Calcutta medical institutions reports 1892-1900
Year: 1892
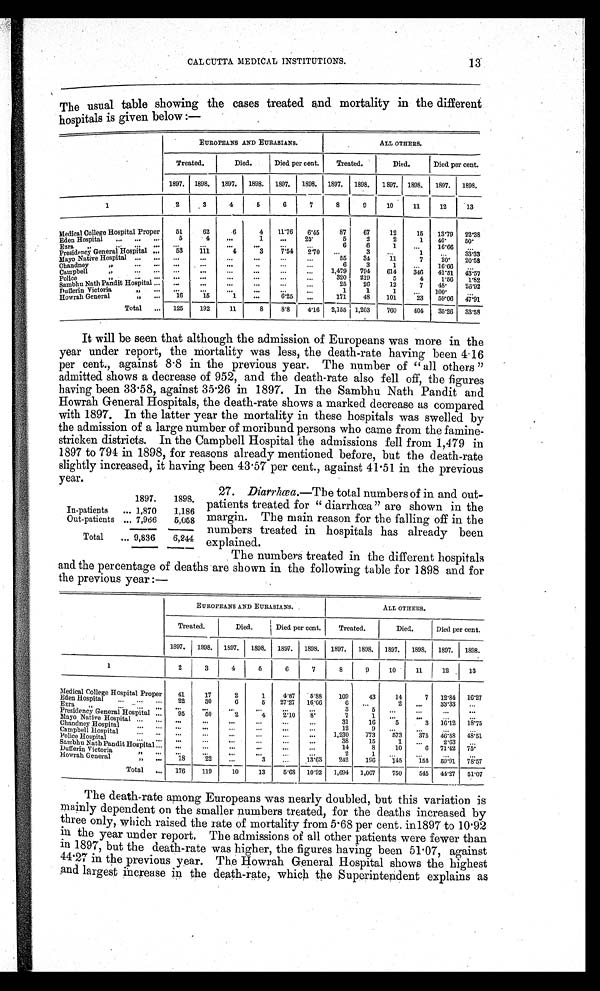
CALCUTTA MEDICAL INSTITUTIONS.
13
The usual table showing the cases treated and mortality in the different
hospitals is given below:—
EUROPEANS AND EURASIANS.
ALL OTHERS.
Treated.
Died.
Died per cent.
Treated.
Died.
Died per cent.
1897. 1898. 1897. 1898. 1897. 1898. 1897. 1898. 1897. 1898. 1897. 1898.
1
2
3
4
5
6
7
8
9
10
11
12
13
Medical College Hospital Proper
5 1 62
6
4 11.76 6.45
87
67
12
15 13.79 22.38
Eden Hospital
. . .
. . . . . . 5 4
...
1
...
2 5 .
5
2
2
1 40.
50.
Ezra „
. . .
. . .
...
... ... ...
...
...
. . .
. . .
6
6
1
...
16.66
. . .
Presidency General Hospital ...
53
111
4
3
7.54 2.70 ...
3
. . .
1
...
33.33
Mayo Native Hospital ...
. . . ...
... ...
. . . ... ...
55
34
11
7
20. 20.58
Chandney „
... ...
. . . ...
...
. . .
. . .
...
6
3
1
. . . 16.66 . . .
Campbell „
... ...
. . .
. . .
...
. . . ...
...
1,479 794
614
346 41.51 43.57
Police „
. . . ...
. . . ...
... ...
. . . ...
320 219
5
4
1.56 1.82
Sambhu Nath Pandit Hospital ... ...
. . .
...
...
...
25
26
12
7 48.
26.92
Dufferin Victoria „ ...
... ...
...
...
...
...
1
1
1
. . . 100. ...
Howrah General „
. . .
1 6
1 5
1 ...
6.25 ...
171
48
101
23 59.06 47.91
Total
. . . 125
192
11
8
8.8 4.16 2,155 1,203
760
404 35.26 33.58
It will be seen that although the admission of Europeans was more in the
year under report, the mortality was less, the death-rate having been 4.16
per cent., against 8.8 in the previous year. The number of "all others"
admitted shows a decrease of 952, and the death-rate also fell off, the figures
having been 33.58, against 35.26 in 1897. In the Sambhu Nath Pandit and
Howrah General Hospitals, the death-rate shows a marked decrease as compared
with 1897. In the latter year the mortality in these hospitals was swelled by
the admission of a large number of moribund persons who came from the famine-
stricken districts. In the Campbell Hospital the admissions fell from 1,479 in
1897 to 794 in 1898, for reasons already mentioned before, but the death-rate
slightly increased, it having been 43.57 per cent., against 41.51 in the previous
year.
1897.
1898.
In-patients
... 1,870
1,186
Out-patients ... 7,966
5,058
Total
... 9,836
6,244
EUROPEANS AND EURASIANS.
ALL OTHERS.
Treated.
Died.
Died per cent.
Treated.
Died.
Died per cent.
1897. 1898. 1897. 1898. 1897. 1898. 1897. 1898. 1897. 1898. 1897. 1898.
1
2
3
4
5
6
7
8
9
10
11
12
13
Medical College Hospital Proper
41
17
2
1
4.87 5.88
109
43
14
7 12.84 16.27
Eden Hospital ... ... ...
22
30
6
5 27.27 16.66
6
. . .
2
. . . 33.33 ...
Ezra „. . . . . .
. . . ...
...
. . . ...
...
...
3
5 ...
...
...
...
Presidency General Hospital ...
9 5
5 0 2
4
2.10 8.
7
1 ...
. . . ...
...
Mayo Native Hospital ... ... ...
...
...
...
...
...
31
16
5
3 16.12 18.75
Chandney Hospital
. . .
. . . ...
. . .
. . .
... ...
...
1 2
9
. . . ...
...
...
Campbell Hospital
. . .
. . .
. . .
... ...
...
...
...
1,230
773
573
375 46.58 48.51
Police Hospital
. . .
. . .
. . .
. . . . . .
... ...
...
38
15
1 ...
2.63 ...
Sambhu Nath Pandit Hospital ...
. . . ...
. . .
...
...
...
14
8
10
6 71.42 75.
Dufferin Victoria „
. . . ... ...
. . .
. . . ...
...
2
1 ...
. . . ...
...
Howrah General „
. . . 18
22 ...
3 ...
13.63
242 196
145
154 59.91 78.57
Total ... 176
119
10
13
5.68 10.92 1,694 1,067
750
545 44.27 51.07
The death-rate among Europeans was nearly doubled, but this variation is
mainly dependent on the smaller numbers treated, for the deaths increased by
three only, which raised the rate of mortality from 5.68 per cent. in 1897 to 10.92
in the year under report. The admissions of all other patients were fewer than
in 1897, but the death-rate was higher, the figures having been 51.07, against
44.27 in the previous year. The Howrah General Hospital shows the highest
a n d l a r g e s t i n c r e a s e i n t h e d e a t h - r a t e , w h i c h t h e S u p e r i n t e n d e n t e x p l a i n s a s
27. Diarrhœa.—The total numbers of in and out-
patients treated for "diarrhœa" are shown in the
margin. The main reason for the falling off in the
numbers treated in hospitals has already been
explained.
The numbers treated in the different hospitals
and the percentage of deaths are shown in the following table for 1898 and for
the previous year:—